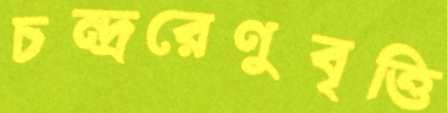
চন্দ্ররেণুবৃত্তি